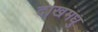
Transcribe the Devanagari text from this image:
दाखमधु